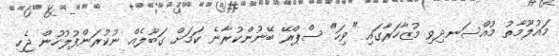
މައުލޫމާތު މުއްސަނދިވި މުޒާހަރާގައި "ވިހަ" ސްޕްރޭ ބޭނުންކުރާނެ ކަމަށް ގަބޫލެއް ނުކުރަންފުލުހުން ޖެހި